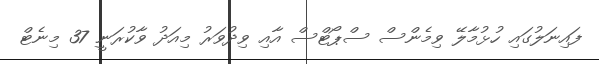
ފައިނަލުގައި ހުޅުމާލޭ ވިމެންސް ސްޕޯޓްސް އާއި ވިދުވަރު މިއަދު ވާކުރަނީ 37 މިނެޓް